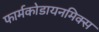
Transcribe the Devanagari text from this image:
फार्मकोडायनमिक्स